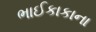
ભાઈકાકાના